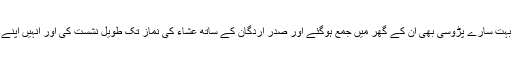
اس لئے یلدریم کے بہت سارے پڑوسی بھی ان کے گھر میں جمع ہوگئے اور صدر اردگان کے ساتھ عشاء کی نماز تک طویل نشست کی اور انہیں اپنے مسائل سے آگاہ کیا۔